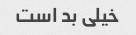
خیلی بد است